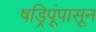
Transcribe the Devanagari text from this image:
षड्रिपूंपासून